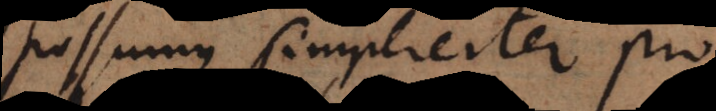
Possumus simpliciter pro